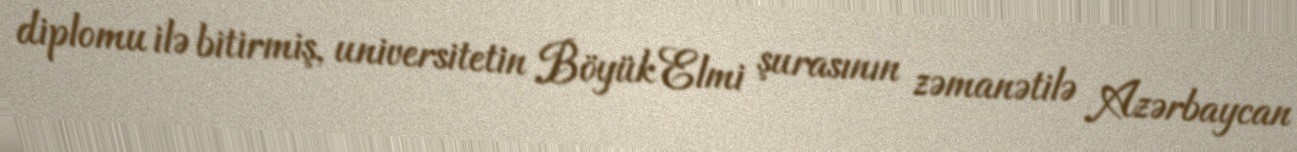
diplomu ilə bitirmiş, universitetin Böyük Elmi şurasının zəmanətilə Azərbaycan